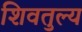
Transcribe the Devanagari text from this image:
शिवतुल्य